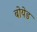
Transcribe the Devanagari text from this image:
बोयेड